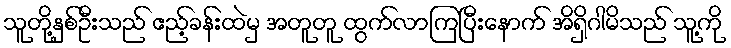
သူတို့နှစ်ဦးသည် ဧည့်ခန်းထဲမှ အတူတူ ထွက်လာကြပြီးနောက် အိရှိဂါမိသည် သူ့ကို